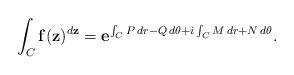
LaTeX: \begin{align*} \int _C\mathbf{f}(\mathbf{z})^{d\mathbf{z}}=\mathbf{e}^{\int _CP\,dr-Q\,d\theta +i\int _CM\,dr+N\,d\theta }. \end{align*}